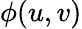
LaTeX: \phi(u,v)